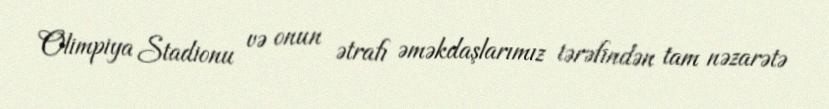
Olimpiya Stadionu və onun ətrafı əməkdaşlarımız tərəfindən tam nəzarətə